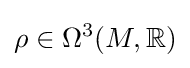
\rho \in \Omega ^{3}(M,\mathbb {R} )